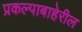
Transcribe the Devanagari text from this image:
प्रकल्पाबाहेरील